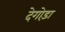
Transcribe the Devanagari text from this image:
देगोड़ा